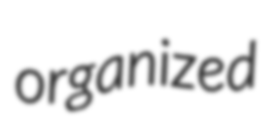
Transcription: organized